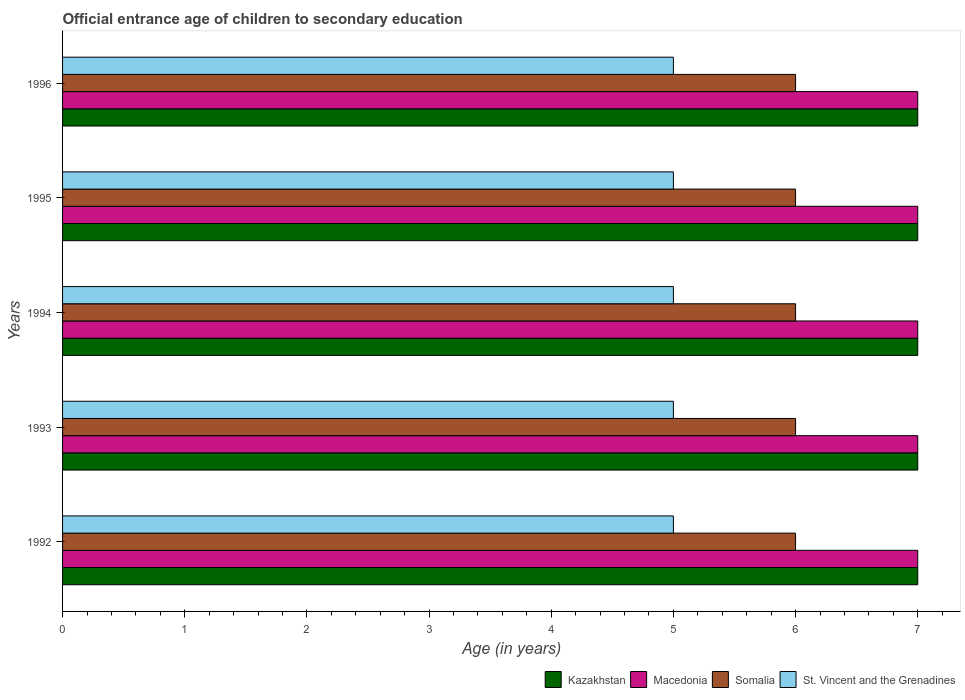
| Years | Kazakhstan | Macedonia | Somalia | St. Vincent and the Grenadines |
 | --- | --- | --- | --- | --- |
 | 1992 | 7 | 7 | 6 | 5 |
 | 1993 | 7 | 7 | 6 | 5 |
 | 1994 | 7 | 7 | 6 | 5 |
 | 1995 | 7 | 7 | 6 | 5 |
 | 1996 | 7 | 7 | 6 | 5 |